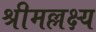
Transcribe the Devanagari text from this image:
श्रीमल्लक्ष्य